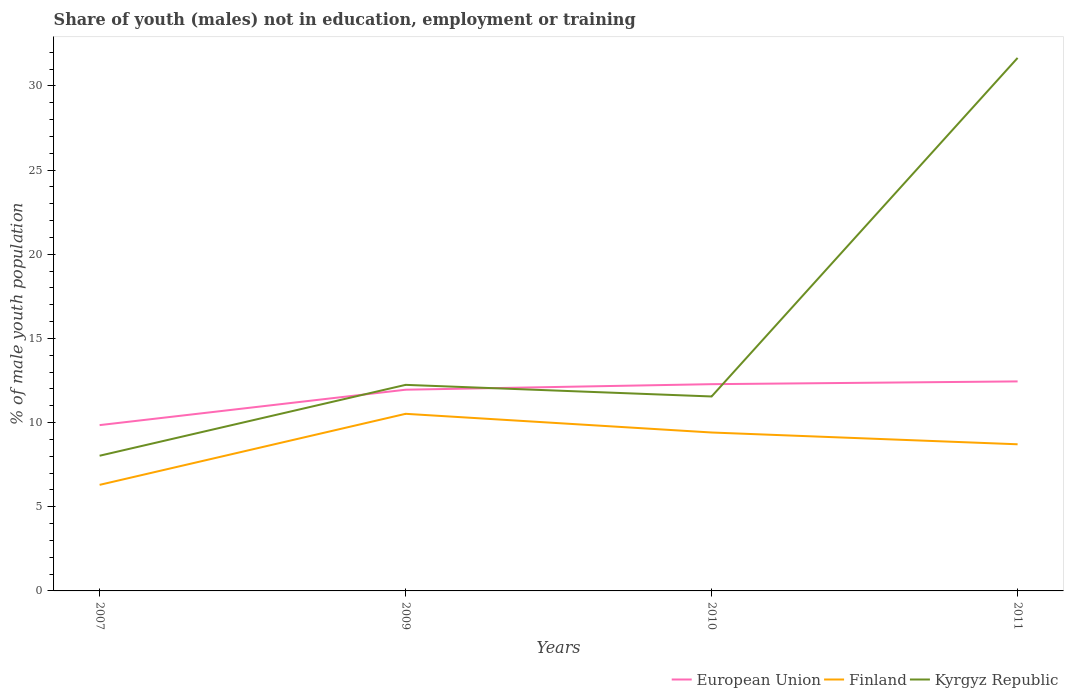
| Years | European Union | Finland | Kyrgyz Republic |
 | --- | --- | --- | --- |
 | 2007 | 9.85 | 6.3 | 8.03 |
 | 2009 | 12 | 10.5 | 12.2 |
 | 2010 | 12.3 | 9.41 | 11.6 |
 | 2011 | 12.4 | 8.71 | 31.7 |